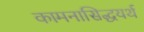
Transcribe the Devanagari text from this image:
कामनासिद्धयर्थ